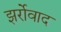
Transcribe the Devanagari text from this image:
झर्रोवाद